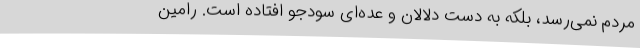
مردم نمی‌رسد، بلکه به دست دلالان و عده‌ای سودجو افتاده است. رامین